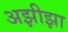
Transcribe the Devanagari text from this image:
अझीझा